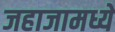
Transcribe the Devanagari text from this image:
जहाजामध्ये